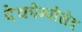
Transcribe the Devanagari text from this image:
देकोम्पोसेद